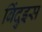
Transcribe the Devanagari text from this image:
बिंदुइस